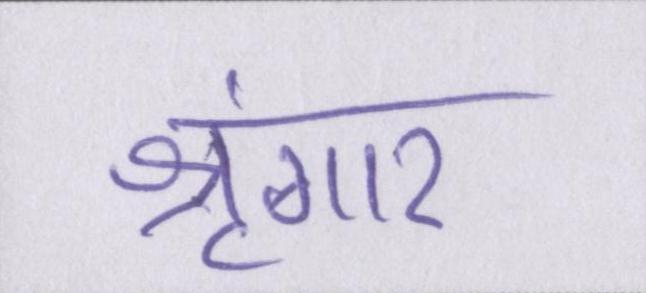
श्रृंगार